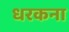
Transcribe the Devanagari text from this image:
धरकना